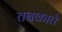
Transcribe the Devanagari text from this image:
तबकाते